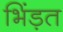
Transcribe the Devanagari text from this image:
भिंड़त